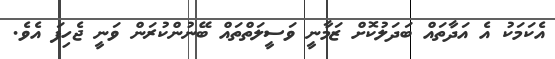
އެކަމަކު އެ އަދާތައް ބަދަލުކޮށް ޒަމާނީ ވަސީލަތްތައް ބޭނުންކުރަން ވަނީ ޖެހިފަ އެވެ.